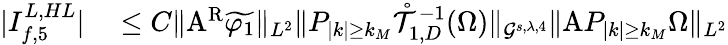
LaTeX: \begin{array}{rl}{|I_{f,5}^{L,HL}|}&{{}\leq C\| \mathrm{A}^{\mathrm{R}}\widetilde{\varphi_{1}}\| _{L^{2}}\| P_{|k|\geq k_{M}}\mathring{\mathcal{T}}_{1,D}^{-1}(\Omega)\| _{\mathcal{G}^{s,\lambda,4}}\| \mathrm{A}P_{|k|\geq k_{M}}\Omega\| _{L^{2}}}\end{array}